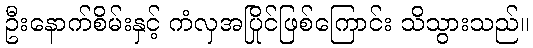
ဦးနောက်စိမ်းနှင့် ကံလှအပြိုင်ဖြစ်ကြောင်း သိသွားသည်။